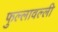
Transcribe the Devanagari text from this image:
फुल्लावल्ली